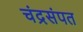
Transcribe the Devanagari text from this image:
चंद्रसंपत